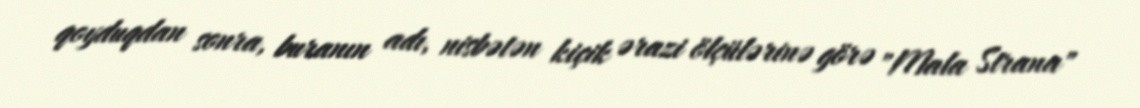
qoyduqdan sonra, buranın adı, nisbətən kiçik ərazi ölçülərinə görə "Mala Strana"